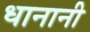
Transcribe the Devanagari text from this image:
धानानी